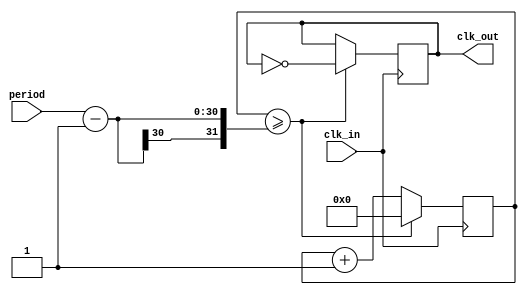
/*******************************/
/*** Module_FrequencyDivider ***/
/*******************************/

module	Module_FrequencyDivider	(	clk_in,
					period,

					clk_out);

input		clk_in;
input	[29:0]	period;

output		clk_out;

reg		clk_out;

reg	[29:0]	counter;

always @(posedge clk_in) begin
	if (counter >= (period - 1)) begin
		counter <= 0;
		clk_out <= ~clk_out;
	end else
		counter <= counter + 1;
end

endmodule

/****************************/
/*** Module_Counter_8_bit ***/
/****************************/

module	Module_Counter_8_bit	(	clk_in,
					limit,

					out,
					carry);

input		clk_in;
input	[7:0]	limit;

output	[7:0]	out;
output		carry;

reg	[7:0]	out;
reg		carry;

always @(posedge clk_in) begin
	if (out >= (limit - 8'b00000001)) begin
		out <= 0;
		carry <= 1;
	end else if (out == 0) begin
		out <= 1;
		carry <= 0;
	end else
		out <= out + 1;
end

endmodule

/**************************************/
/*** Module_SynchroCounter_8_bit_SR ***/
/**************************************/

module	Module_SynchroCounter_8_bit_SR	(	qzt_clk,
						clk_in,
						reset,
						set,
						presetValue,
						limit,

						out,
						carry);

input		qzt_clk;
input		clk_in;
input		reset;
input		set;
input	[7:0]	presetValue;
input	[7:0]	limit;

output	[7:0]	out;
output		carry;

reg	[7:0]	out;
reg		carry;

reg		clk_in_old;


always @(posedge qzt_clk) begin
	if (reset) begin
		out <= 0;
		carry <= 0;
	end else if (set) begin
		out <= presetValue;
		carry <= 0;
	end else if (!clk_in_old & clk_in) begin
		if (out >= (limit - 8'b00000001)) begin
			out <= 0;
			carry <= 1;
		end else if (out == 0) begin
			out <= 1;
			carry <= 0;
		end else
			out <= out + 1;
	end

	clk_in_old <= clk_in;
end

endmodule

/*********************************************/
/*** Module_Multiplexer_2_input_8_bit_sync ***/
/*********************************************/

module	Module_Multiplexer_2_input_8_bit_sync	(	clk_in,
							address,
							input_0,
							input_1,

							mux_output);

input		clk_in;
input		address;
input	[7:0]	input_0;
input	[7:0]	input_1;

output	[7:0]	mux_output;

reg	[7:0]	mux_output;

always @(posedge clk_in) begin
	mux_output <= (address)? input_1 : input_0;
end

endmodule

/*****************************/
/*** Module_MonostableHold ***/
/*****************************/

`define		defaultN 	28'b0000000011110100001001000000	//	10^6 ===> 20 ms

module Module_Monostable	(	clk_in,
					monostable_input,
					N,

					monostable_output);

input		clk_in;
input		monostable_input;
input	[27:0]	N;

output		monostable_output;

reg		monostable_output;

reg		monostable_input_old;
reg 	[27:0]	counter;

always @(posedge clk_in) begin
	if (counter == 0) begin
		if (!monostable_input_old & monostable_input) begin
			counter <= ((N)? N : `defaultN) - 1;
			monostable_output <= 1;
		end else
			monostable_output <= 0;
	end else
		counter <= counter - 1;

	monostable_input_old <= monostable_input;
end

endmodule

/**********************************/
/*** Module_ToggleFlipFlop_sync ***/
/**********************************/

module Module_ToggleFlipFlop	(	clk_in,
					ff_input,

					ff_output);

input		clk_in;
input		ff_input;

output		ff_output;

reg		ff_output;

reg		ff_input_previous;

always @(posedge clk_in) begin
	if (!ff_input_previous & ff_input) begin
		ff_output <= ~ff_output;
	end

	ff_input_previous <= ff_input;
end

endmodule

/***************************/
/*** Module_Latch_16_bit ***/
/***************************/

module	Module_Latch_16_bit	(	clk_in,
					holdFlag,
					twoByteInput,

					twoByteOuput);

input		clk_in;
input		holdFlag;
input	[15:0]	twoByteInput;

output	[15:0]	twoByteOuput;

reg	[15:0]	twoByteOuput;


always @(posedge clk_in) begin
	if (!holdFlag) twoByteOuput <= twoByteInput;
end

endmodule